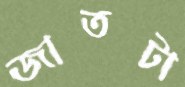
জাতটা